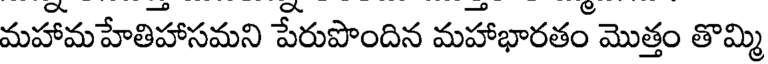
మహామహేతిహాసమని పేరుపొందిన మహాభారతం మొత్తం తొమ్మి